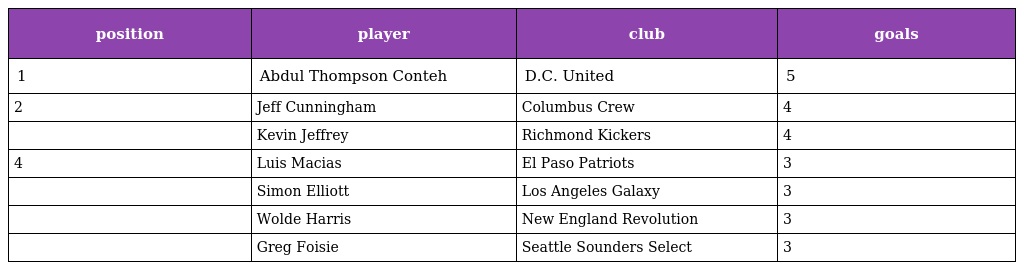
| position | player | club | goals |
 | --- | --- | --- | --- |
 | 1 | Abdul Thompson Conteh | D.C. United | 5 |
 | 2 | Jeff Cunningham | Columbus Crew | 4 |
 |  | Kevin Jeffrey | Richmond Kickers | 4 |
 | 4 | Luis Macias | El Paso Patriots | 3 |
 |  | Simon Elliott | Los Angeles Galaxy | 3 |
 |  | Wolde Harris | New England Revolution | 3 |
 |  | Greg Foisie | Seattle Sounders Select | 3 |